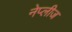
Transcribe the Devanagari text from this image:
नेप्लीज